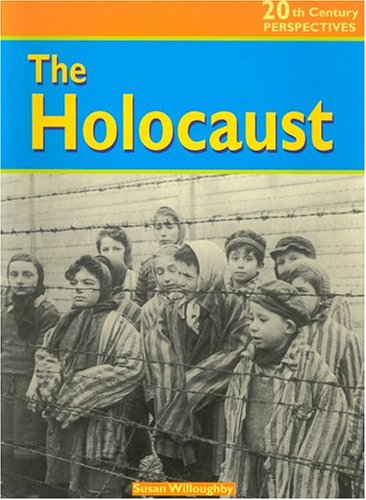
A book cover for The Holocaust (20th Century Perspectives); Susan Willoughby; Children's Books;